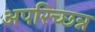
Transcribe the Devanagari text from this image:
अपरिच्छन्न